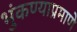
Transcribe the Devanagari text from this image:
भुंकण्याप्रमाणे